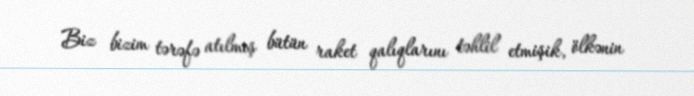
Biz bizim tərəfə atılmış bütün raket qalıqlarını təhlil etmişik, ölkənin